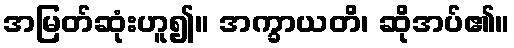
အမြတ်ဆုံးဟူ၍။ အက္ခာယတိ၊ ဆိုအပ်၏။